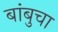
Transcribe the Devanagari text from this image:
बांबुचा